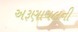
અરૂણાચલની